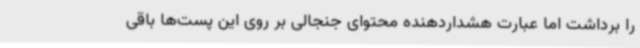
را برداشت اما عبارت هشداردهنده محتوای جنجالی بر روی این پست‌ها باقی